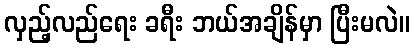
လှည့်လည်ရေး ခရီး ဘယ်အချိန်မှာ ပြီးမလဲ။